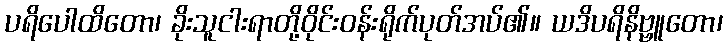
ပရိပေါထိတော၊ ခိုးသူငါးရာတို့ဝိုင်းဝန်းရိုက်ပုတ်အပ်၏။ ယဒိပရိနိဗ္ဗူတော၊